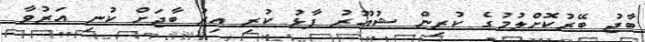
ބާޖު ބޭރުކޮށްލުމުގެ ކުރިން ޝުއޫރު ފާޅު ކުރި އިރު ބާޖަށް ކުނި އަރުވާ